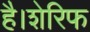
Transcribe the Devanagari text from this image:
है।शेरिफ